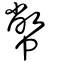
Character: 幣